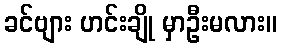
ခင်ဗျား ဟင်းချို မှာဦးမလား။